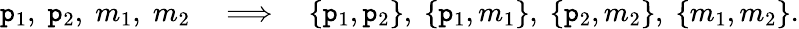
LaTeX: \mathtt{p}_{1},\; \mathtt{p}_{2},\; m_{1},\; m_{2}\quad\Longrightarrow\quad\{ \mathtt{p}_{1},\mathtt{p}_{2}\} ,\; \{ \mathtt{p}_{1},m_{1}\} ,\; \{ \mathtt{p}_{2},m_{2}\} ,\; \{ m_{1},m_{2}\} .